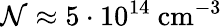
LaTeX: \mathcal{N}\approx 5\cdot 10^{14}\mathrm{~cm^{-3}}